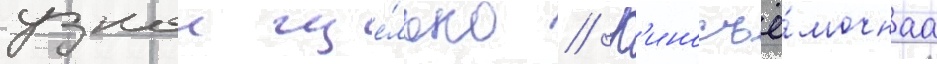
узкои ще́лью // К'иносъё́мочнаа